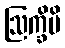
ဩက္ခိပိ